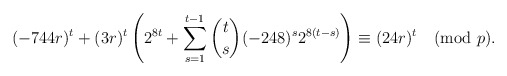
\begin{align*}(-744r)^t+(3r)^t\left(2^{8t} +\sum_{s =1}^{t-1}\binom{t}{s}(-248)^{s}2^{8(t-s)}\right)\equiv (24r)^t\pmod{p}.\end{align*}